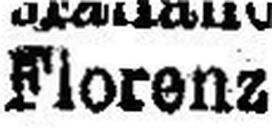
Florenz